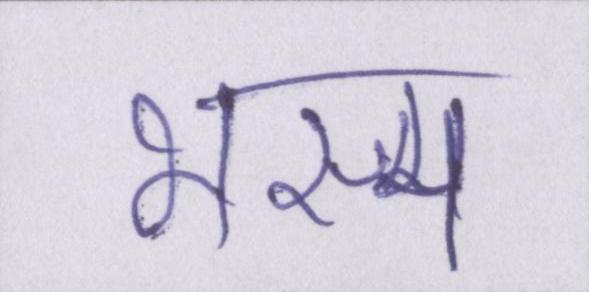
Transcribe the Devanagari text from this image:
भस्म